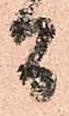
間